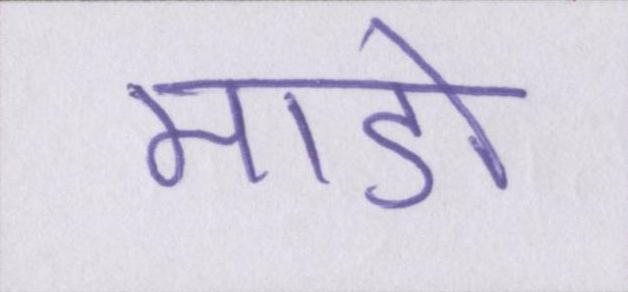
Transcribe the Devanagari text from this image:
माडो